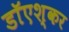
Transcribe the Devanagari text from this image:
डाॅएश्कर